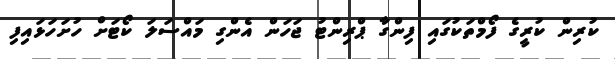
ކުރިން ކުރީގެ ފޯމްތަކުގައި ފިންގާ ޕްރިންޓު ޖަހަން އެންގި މައްސަލަ ކޯޓަށް ހުށަހަޅައިފި